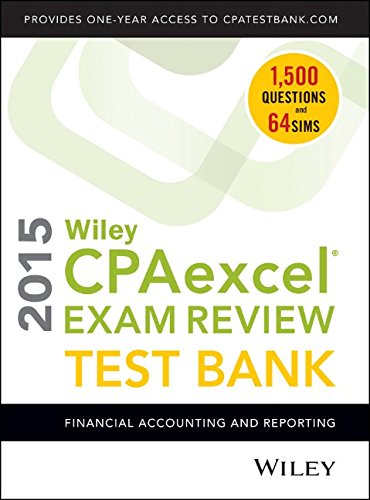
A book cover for Wiley CPAexcel Exam Review 2015 Test Bank: Financial Accounting and Reporting; O. Ray Whittington; Test Preparation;